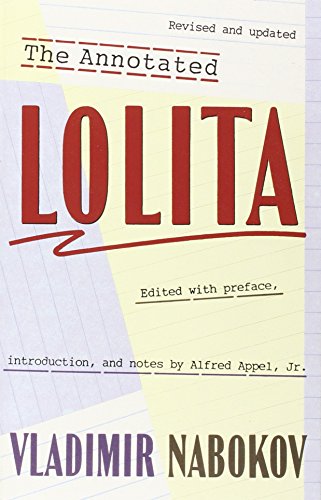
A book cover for The Annotated Lolita: Revised and Updated; Vladimir Nabokov; Literature & Fiction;